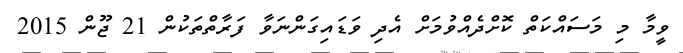
ވީމާ މި މަސައްކަތް ކޮށްދެއްވުމަށް އެދި ވަޑައިގަންނަވާ ފަރާތްތަކުން 21 ޖޫން 2015